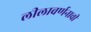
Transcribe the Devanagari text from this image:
लीलावर्णनाची